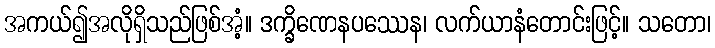
အကယ်၍အလိုရှိသည်ဖြစ်အံ့။ ဒက္ခိဏေနပဿေန၊ လက်ယာနံတောင်းဖြင့်။ သတော၊